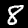
Digit: 8